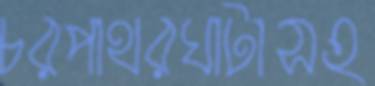
চরপাথরঘাটাসহ